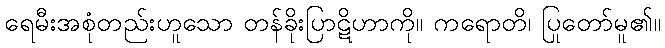
ရေမီးအစုံတည်းဟူသော တန်ခိုးပြာဋိဟာကို။ ကရောတိ၊ ပြုတော်မူ၏။